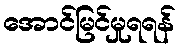
အောင်မြင်မှုရရန်